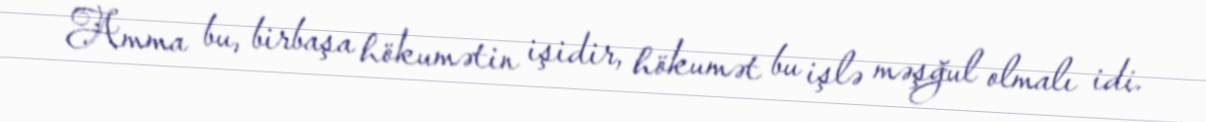
Amma bu, birbaşa hökumətin işidir, hökumət bu işlə məşğul olmalı idi.